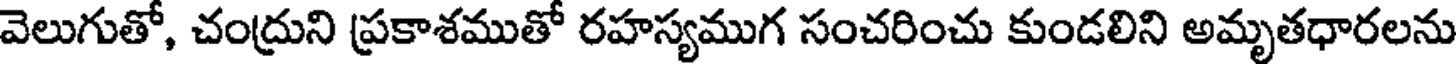
వెలుగుతో, చంద్రుని ప్రకాశముతో రహస్యముగ సంచరించు కుండలిని అమృతధారలను